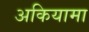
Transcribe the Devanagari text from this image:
अकियामा